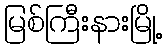
မြစ်ကြီးနားမြို့